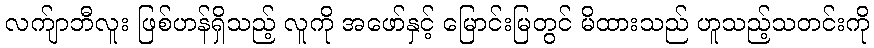
လက်ျာဘီလူး ဖြစ်ဟန်ရှိသည့် လူကို အဖော်နှင့် မြောင်းမြတွင် မိထားသည် ဟူသည့်သတင်းကို